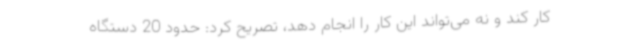
کار کند و نه می‌تواند این کار را انجام دهد، تصریح کرد: حدود 20 دستگاه